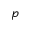
p